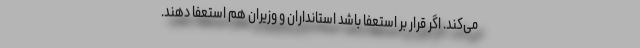
می‌کند. اگر قرار بر استعفا باشد استانداران و وزیران هم استعفا دهند.